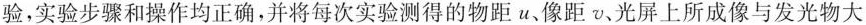
验，实验步骤和操作均正确，并将每次实验测得的物距u、像距v、光屏上所成像与发光物大